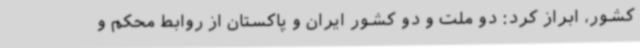
کشور، ابراز کرد: دو ملت و دو کشور ایران و پاکستان از روابط محکم و